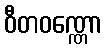
ဝီတဝဏ္ဏော